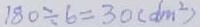
1 8 0 \div 6 = 3 0 ( d m ^ { 2 } )